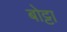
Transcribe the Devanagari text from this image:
बोट्टा